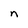
Character: n